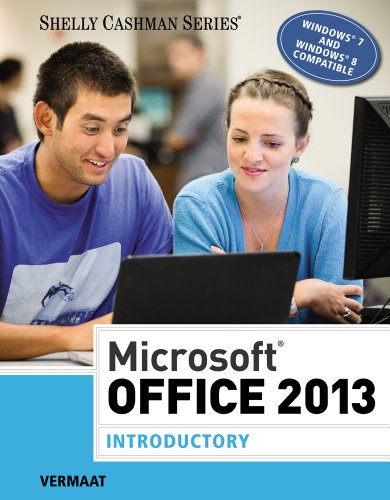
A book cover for Microsoft Office 2013: Introductory (Shelly Cashman); Misty E. Vermaat; Computers & Technology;